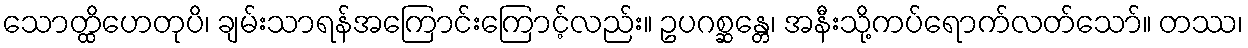
သောတ္ထိဟေတုပိ၊ ချမ်းသာရန်အကြောင်းကြောင့်လည်း။ ဥပဂစ္ဆန္တေ၊ အနီးသို့ကပ်ရောက်လတ်သော်။ တဿ၊